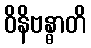
ဝိနိဗန္ဓာတိ